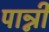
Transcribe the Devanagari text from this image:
पान्नी